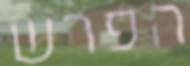
הפרש